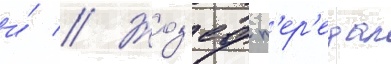
и́ // Жоз'еф п'ер'едал